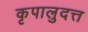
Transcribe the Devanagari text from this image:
कृपालुदत्त